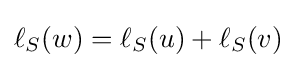
\ell _{S}(w)=\ell _{S}(u)+\ell _{S}(v)